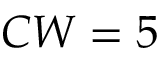
C W = 5